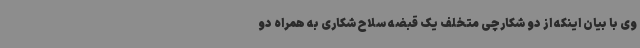
وی با بیان اینکه از دو شکارچی متخلف یک قبضه سلاح شکاری به همراه دو